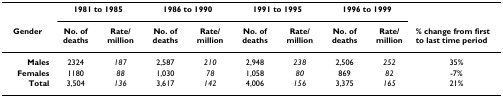
|  | <COLSPAN=2> 1981 to 1985 | <COLSPAN=2> 1986 to 1990 | <COLSPAN=2> 1991 to 1995 | <COLSPAN=2> 1996 to 1999 |  |
 | Gender | No. of deaths | Rate/million | No. of deaths | Rate/million | No. of deaths | Rate/million | No. of deaths | Rate/million | % change from first to last time period |
 | --- | --- | --- | --- | --- | --- | --- | --- | --- | --- |
 | Males | 2324 | 187 | 2,587 | 210 | 2,948 | 238 | 2,506 | 252 | 35% |
 | Females | 1180 | 88 | 1,030 | 78 | 1,058 | 80 | 869 | 82 | -7% |
 | Total | 3,504 | 136 | 3,617 | 142 | 4,006 | 156 | 3,375 | 165 | 21% |